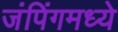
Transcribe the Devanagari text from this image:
जंपिंगमध्ये